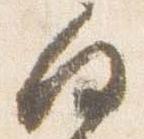
向